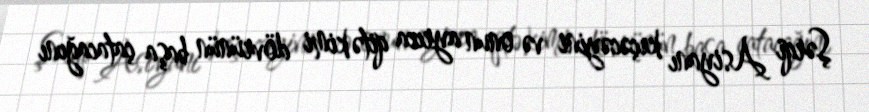
Şərqi Asiyanı keçəcəyini və onun ayrıca qitə kimi dövrünün başa çatacağını